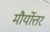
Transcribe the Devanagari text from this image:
मौर्योत्तर